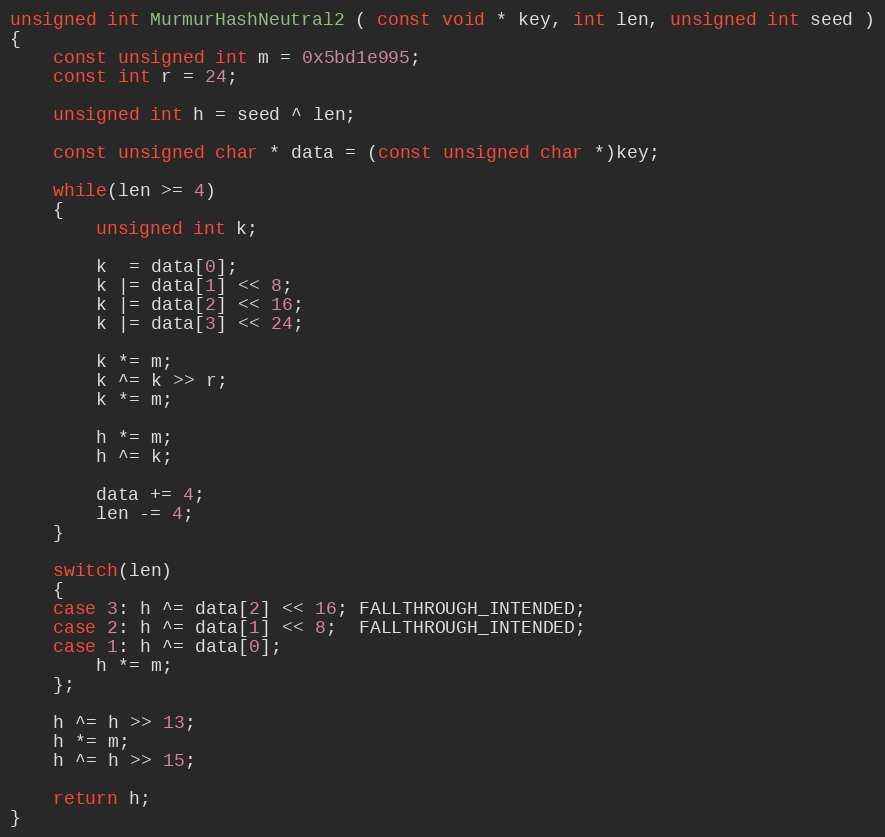
Language: C++
unsigned int MurmurHashNeutral2 ( const void * key, int len, unsigned int seed )
{
    const unsigned int m = 0x5bd1e995;
    const int r = 24;

    unsigned int h = seed ^ len;

    const unsigned char * data = (const unsigned char *)key;

    while(len >= 4)
    {
        unsigned int k;

        k  = data[0];
        k |= data[1] << 8;
        k |= data[2] << 16;
        k |= data[3] << 24;

        k *= m;
        k ^= k >> r;
        k *= m;

        h *= m;
        h ^= k;

        data += 4;
        len -= 4;
    }

    switch(len)
    {
    case 3: h ^= data[2] << 16; FALLTHROUGH_INTENDED;
    case 2: h ^= data[1] << 8;  FALLTHROUGH_INTENDED;
    case 1: h ^= data[0];
        h *= m;
    };

    h ^= h >> 13;
    h *= m;
    h ^= h >> 15;

    return h;
}